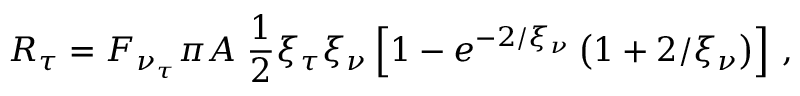
R _ { \tau } = F _ { \nu _ { \tau } } \pi A \; \frac { 1 } { 2 } \xi _ { \tau } \xi _ { \nu } \left[ 1 - e ^ { - 2 / \xi _ { \nu } } \left( 1 + 2 / \xi _ { \nu } \right) \right] \, ,